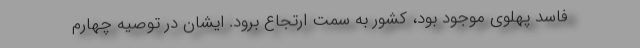
فاسد پهلوی موجود بود، کشور به سمت ارتجاع برود. ایشان در توصیه چهارم